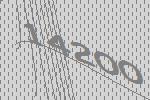
14200